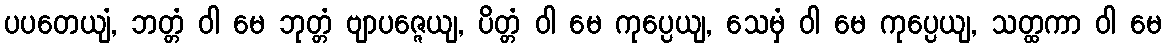
ပပတေယျံ, ဘတ္တံ ဝါ မေ ဘုတ္တံ ဗျာပဇ္ဇေယျ, ပိတ္တံ ဝါ မေ ကုပ္ပေယျ, သေမှံ ဝါ မေ ကုပ္ပေယျ, သတ္ထကာ ဝါ မေ